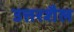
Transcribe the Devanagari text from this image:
उत्तरशैल